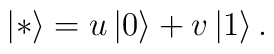
\left| * \right> = u\left| 0 \right> + v\left| 1 \right>.